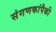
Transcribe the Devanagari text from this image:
संगणकांपैकी